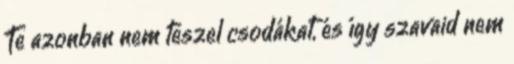
Te azonban nem teszel csodákat, és így szavaid nem